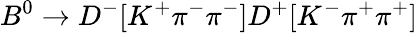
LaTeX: B^{0}\to D^{-}[K^{+}\pi^{-}\pi^{-}]D^{+}[K^{-}\pi^{+}\pi^{+}]